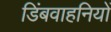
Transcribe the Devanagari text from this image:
डिंबवाहनियों